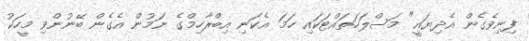
ފިނިވެގެން އެދިޔައީ" މަސްލަހަތައްޓަކައި ހަމަ އެކަނި އިބްރާހިމްގެ ނަމުން އެގެން ބޭނުންވި މީހަކު